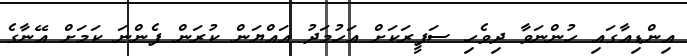
އިންޑިއާގައި ހުންނަވާ ދިވެހި ސަފީރަކަށް އަހުމަދު އައްޔަން ކުރަން ފެންނަ ކަމަށް އޭނާގެ